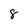
Character: 8